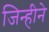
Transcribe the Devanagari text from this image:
जिन्हीने